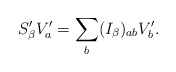
\begin{align*}S_\beta^\prime V_a^\prime = \sum_b (I_\beta)_{a b} V_b^\prime.\end{align*}